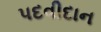
પદવીદાન